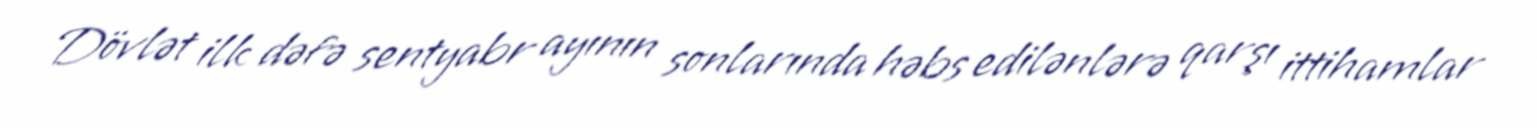
Dövlət ilk dəfə sentyabr ayının sonlarında həbs edilənlərə qarşı ittihamlar